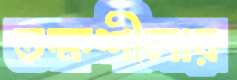
তক্ষশীলায়